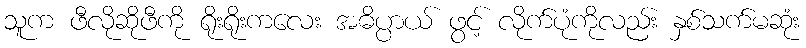
သူက ဖီလိုဆိုဖီကို ရိုးရိုးကလေး အဓိပ္ပာယ် ဖွင့် လိုက်ပုံကိုလည်း နှစ်သက်မဆုံး